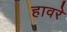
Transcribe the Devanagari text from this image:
हावरे